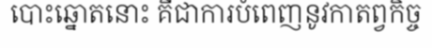
បោះឆ្នោតនោះ គឺជាការបំពេញនូវកាតព្វកិច្ច